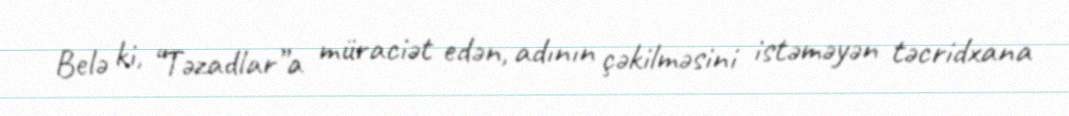
Belə ki, “Təzadlar”a müraciət edən, adının çəkilməsini istəməyən təcridxana